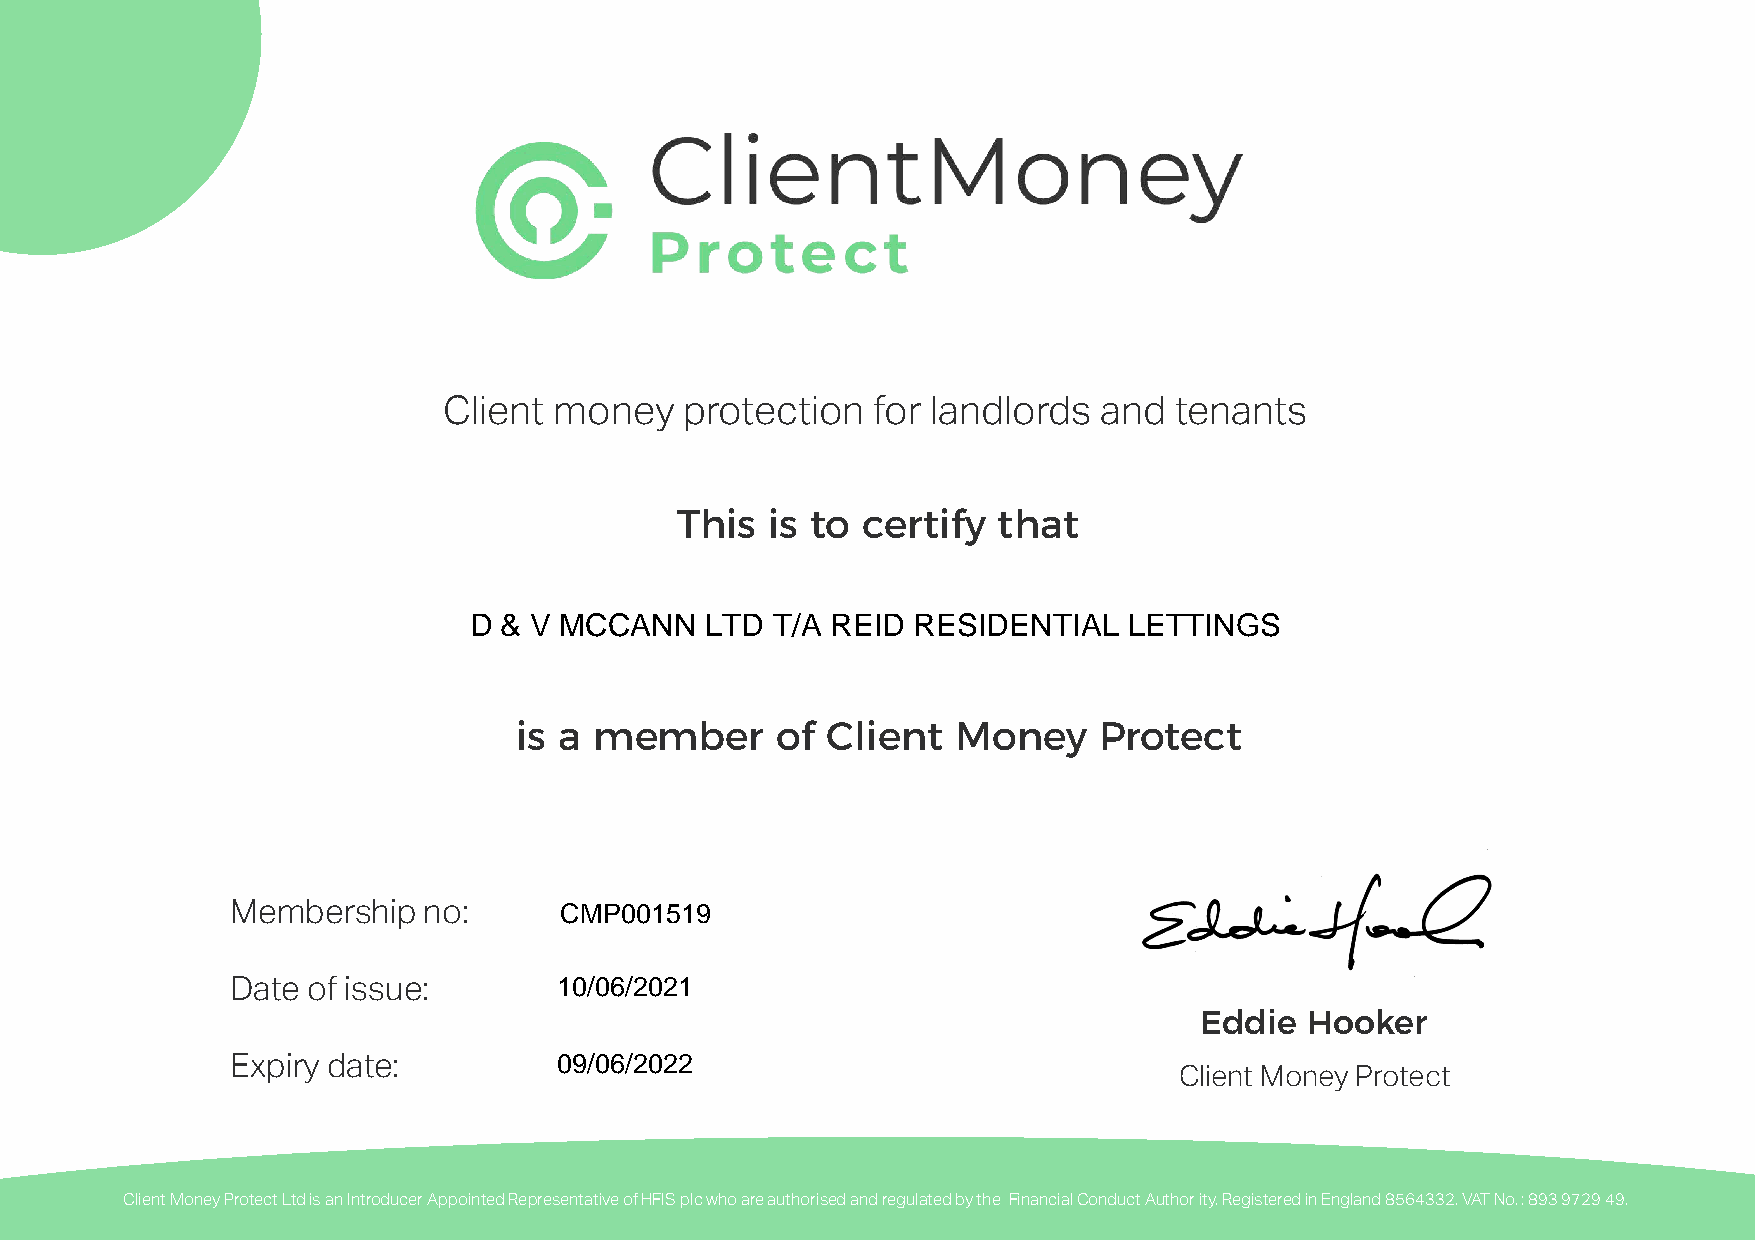
Client  money   protection   for landlords  and  tenants
 This  is to certify  that
 D & V MCCANN    LTD T/A REID  RESIDENTIAL   LETTINGS
 is a member      of  Client  Money     Protect
 CMP001519
 Membership   no:
 10/06/2021
 Date of issue:
 Eddie  Hooker
 09/06/2022
 Expiry date:
 Client Money Protect
 Client Money Protect Ltd is an Introducer Appointed Representative of HFIS plc who are authorised and regulated by the Financial Conduct Author ity. Registered in England 8564332. VAT No. : 893 9729 49.